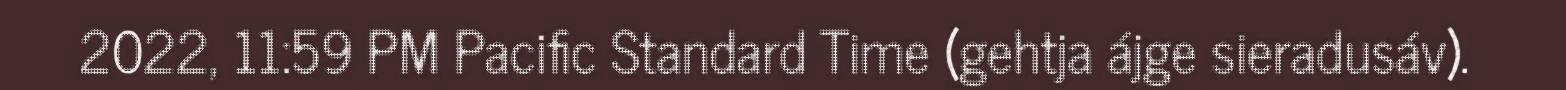
2022, 11:59 PM Pacific Standard Time (gehtja ájge sieradusáv).